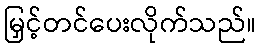
မြှင့်တင်ပေးလိုက်သည်။